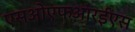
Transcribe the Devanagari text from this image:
एसओएफआरईएस